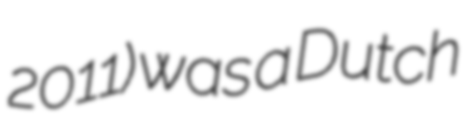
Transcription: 2011) was a Dutch